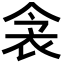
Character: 衾